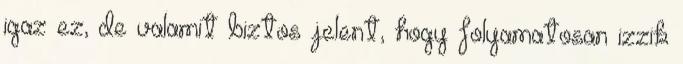
igaz ez, de valamit biztos jelent, hogy folyamatosan izzik